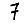
Digit: 7